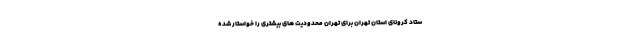
ستاد کرونای استان تهران برای تهران محدودیت های بیشتری را خواستار شده